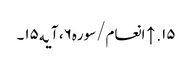
۱۵. ↑ انعام/سوره۶، آیه۱۵۔